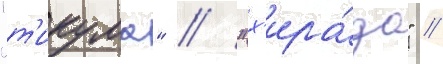
"т'икума" / "х'ира́до" /